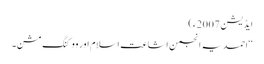
ایڈیشن 2007ء)
‘‘احمدیہ انجمن اشاعت اسلام اور ووکنگ مشن۔